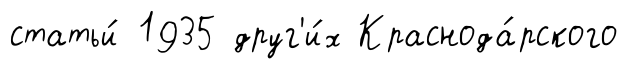
статьи́ 1935 друг'и́х Краснода́рского